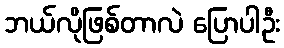
ဘယ်လိုဖြစ်တာလဲ ပြောပါဦး